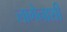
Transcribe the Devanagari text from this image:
लागेनाशी